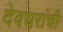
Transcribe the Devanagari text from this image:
देवधरांची